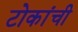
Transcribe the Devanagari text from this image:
टोकांची